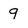
Character: 9